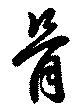
骨